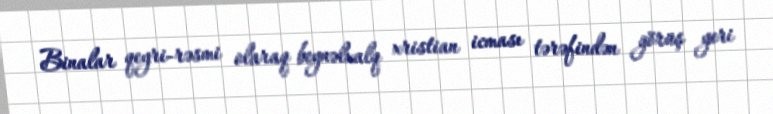
Binalar qeyri-rəsmi olaraq beynəlxalq xristian icması tərəfindən görüş yeri